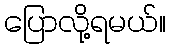
ပြောလို့ရမယ်။